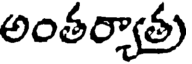
అంతర్యాతు